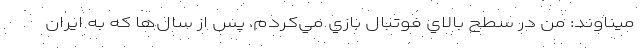
ميناوند: من در سطح بالاي فوتبال بازي مي‌كردم. پس از سال‌ها كه به ايران